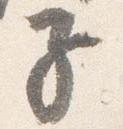
子